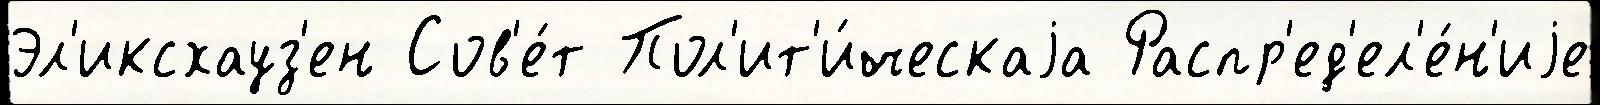
Эл'иксхауз'ен Сов'е́т Пол'ит'и́ческаjа Распр'ед'ел'е́н'иjе